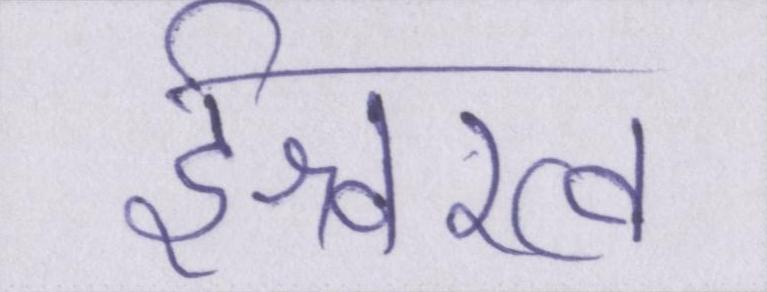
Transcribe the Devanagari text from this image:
ईश्वरत्व